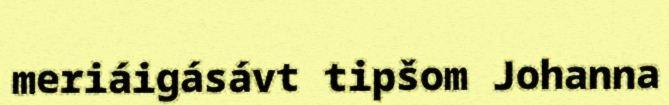
meriáigásávt tipšom Johanna